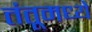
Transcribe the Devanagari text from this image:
तंतूमध्ये